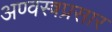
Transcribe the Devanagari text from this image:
अण्वस्त्रप्रसार